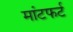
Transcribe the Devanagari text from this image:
मांटफर्ट